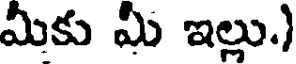
మీకు మీ ఇల్లు.)